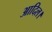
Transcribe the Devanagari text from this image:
आदिल।